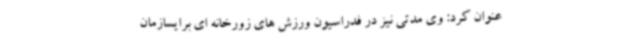
عنوان کرد: وی مدتی نیز در فدراسیون ورزش های زورخانه ای برایسازمان